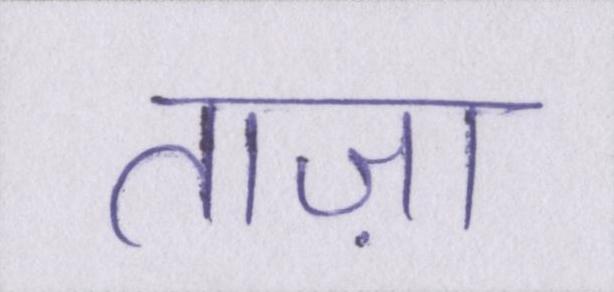
ताज़ा